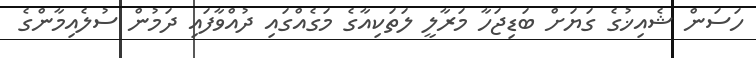
ހަަސަން ޝެއިޚުގެ ގަޔަށް ބަޑިޖަހާ މަރާލީ ލަތަކިއާގެ މަގެއްގައި ދުއްވާފައި ދަމުން ސުލެއިމާންގެ